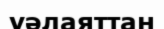
уәлаяттан